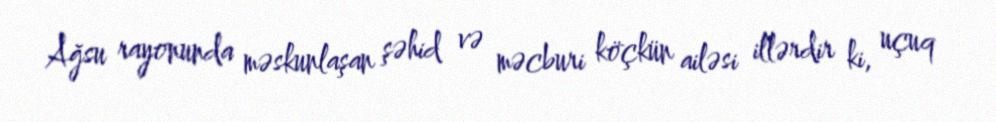
Ağsu rayonunda məskunlaşan şəhid və məcburi köçkün ailəsi illərdir ki, uçuq